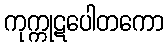
ကုက္ကုဋပေါတကော